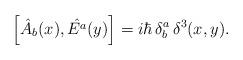
LaTeX: \begin{align*}\left[ \hat{A}_b(x),\hat{E^a}(y) \right] = i\hbar\,\delta_b^a\,{\delta}^3(x,y).\end{align*}